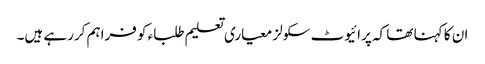
ان کا کہنا تھا کہ پرائیوٹ سکولز معیاری تعلیم طلباء کو فراہم کررہے ہیں۔